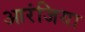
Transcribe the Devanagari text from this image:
आरंजिया